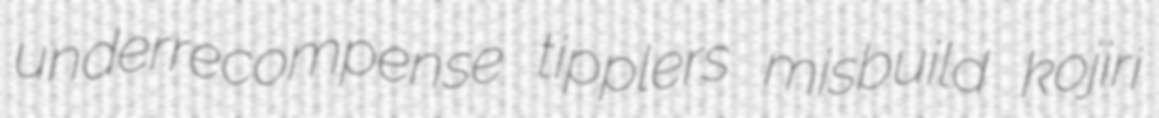
underrecompense tipplers misbuild kojiri